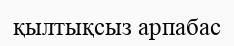
қылтықсыз арпабас